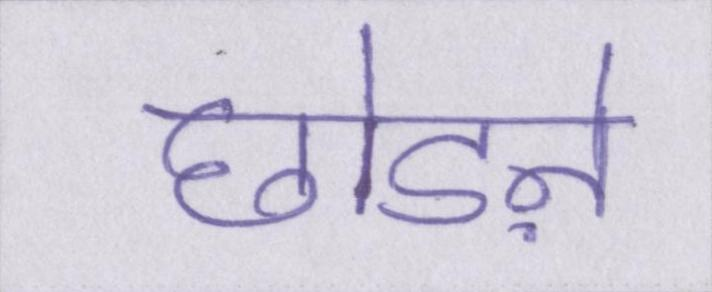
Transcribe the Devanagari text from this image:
छोडऩे